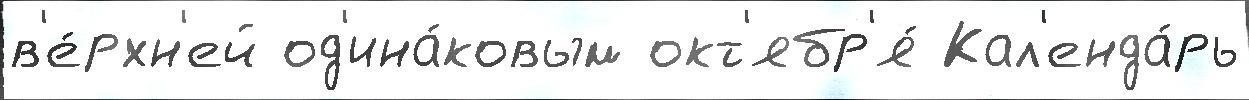
в'е́рхн'ей од'ина́ковым окт'ябр'я́ Кал'енда́рь